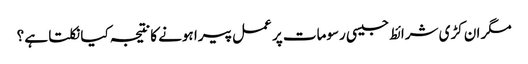
مگر ان کڑی شرائط جیسی رسومات پر عمل پیرا ہونے کا نتیجہ کیا نکلتا ہے ؟